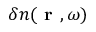
\delta n ( \textbf { r } , \omega )